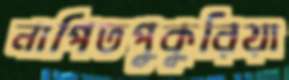
নাপিতপুকুরিয়া